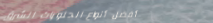
أفضل أنواع الحلويات الشرق